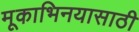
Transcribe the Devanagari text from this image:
मूकाभिनयासाठी